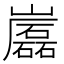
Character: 𡾷